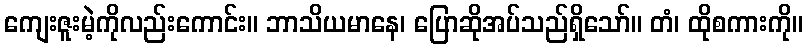
ကျေးဇူးမဲ့ကိုလည်းကောင်း။ ဘာသိယမာနေ၊ ပြောဆိုအပ်သည်ရှိသော်။ တံ၊ ထိုစကားကို။